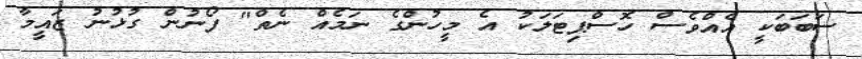
ސަބަބަކީ އެއްވެސް ހޮސްޕިޓަލަކު އެ މީހުންގެ ނަމެއް ނެތް" ފޯނުން ގުޅުނު ޒައީމާ